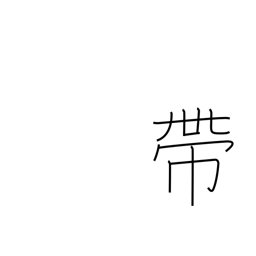
Meaning: band